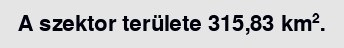
A szektor területe 315,83 km².